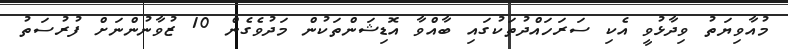
މުއާވިޔަތު ވިދާޅުވީ އެކި ސަރަހައްދުތަކުގައި ބާއްވާ އޮޑިޝަންތަކުން މަދުވެގެން 10 ޒުވާނުންނަށް ފުރުސަތު